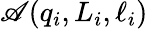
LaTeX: \mathscr{A}\! \left(q_{i},L_{i},\ell_{i}\right)